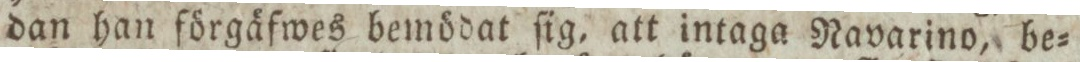
dan han förgäfwes bemödat ſig, att intaga Navarino, be=